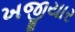
ખજીયાર